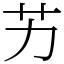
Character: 艻